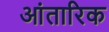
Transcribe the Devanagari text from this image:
आंतारिक